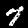
Label: 7